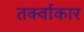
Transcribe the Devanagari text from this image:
तर्क्वाकार